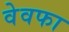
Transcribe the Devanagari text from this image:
वेवफा